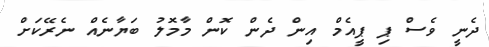
ދެނީ ވެސް ޕި ޕީއެމް އިން ދެން ކޮން މާމޮލު ބަޔާނެއް ނެރޭކަށް